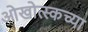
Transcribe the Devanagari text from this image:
ओखोत्स्कच्या